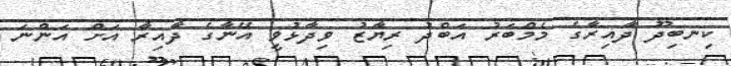
ކިނބިދޫ ދާއިރާގެ މެމްބަރު އަބްދު ރިޔާޒު ވިދާޅުވީ އޭނާގެ ދާއިރާ އަށް އަންނަ